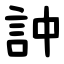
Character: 訲